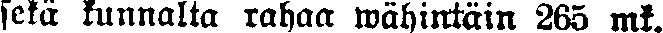
sekä kunnalta rahaa wähintäin 265 mt.